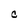
Character: C